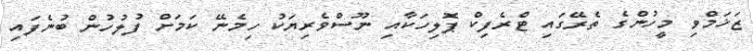
ޒަޚަމްވި މީހުންގެ ތެރޭގައި ޓްރެފިކް ޕޮލިހަކާއި ނޫސްވެރިޔަކު ހިމެނޭ ކަމަށް ފުލުހުން ބުނެފައި